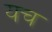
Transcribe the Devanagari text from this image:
यच